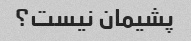
پشیمان نیست؟